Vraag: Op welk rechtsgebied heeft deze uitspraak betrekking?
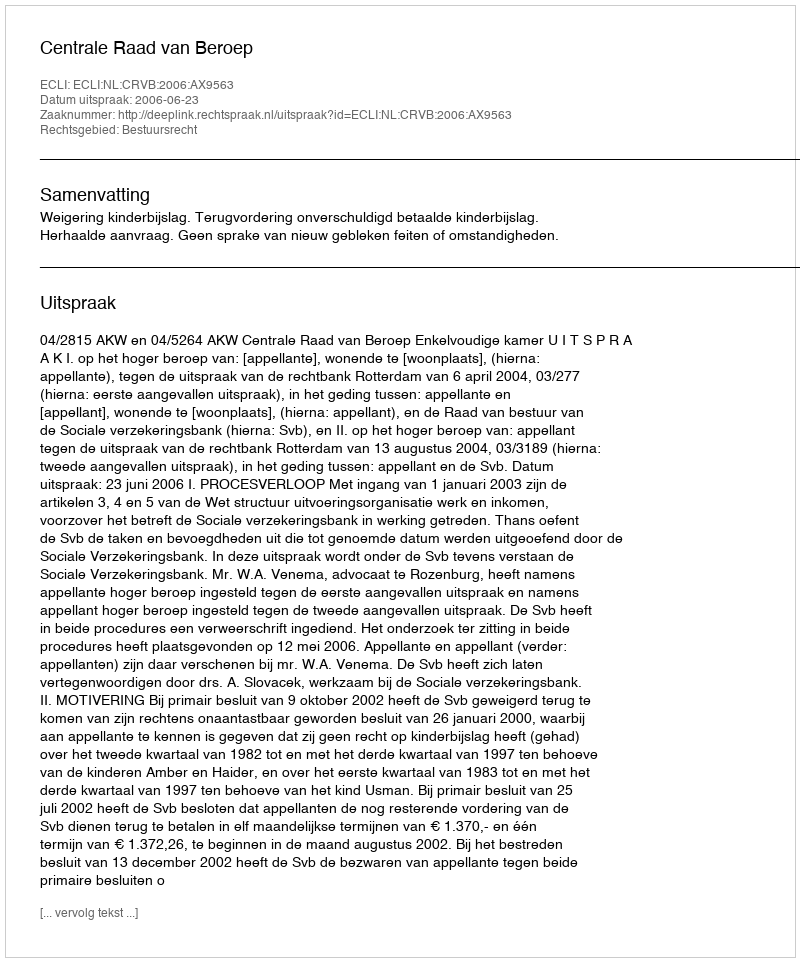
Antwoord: Bestuursrecht